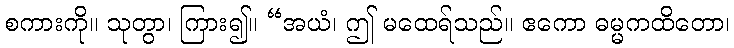
စကားကို။ သုတွာ၊ ကြား၍။ “အယံ၊ ဤ မထေရ်သည်။ ဧကော ဓမ္မကထိတော၊